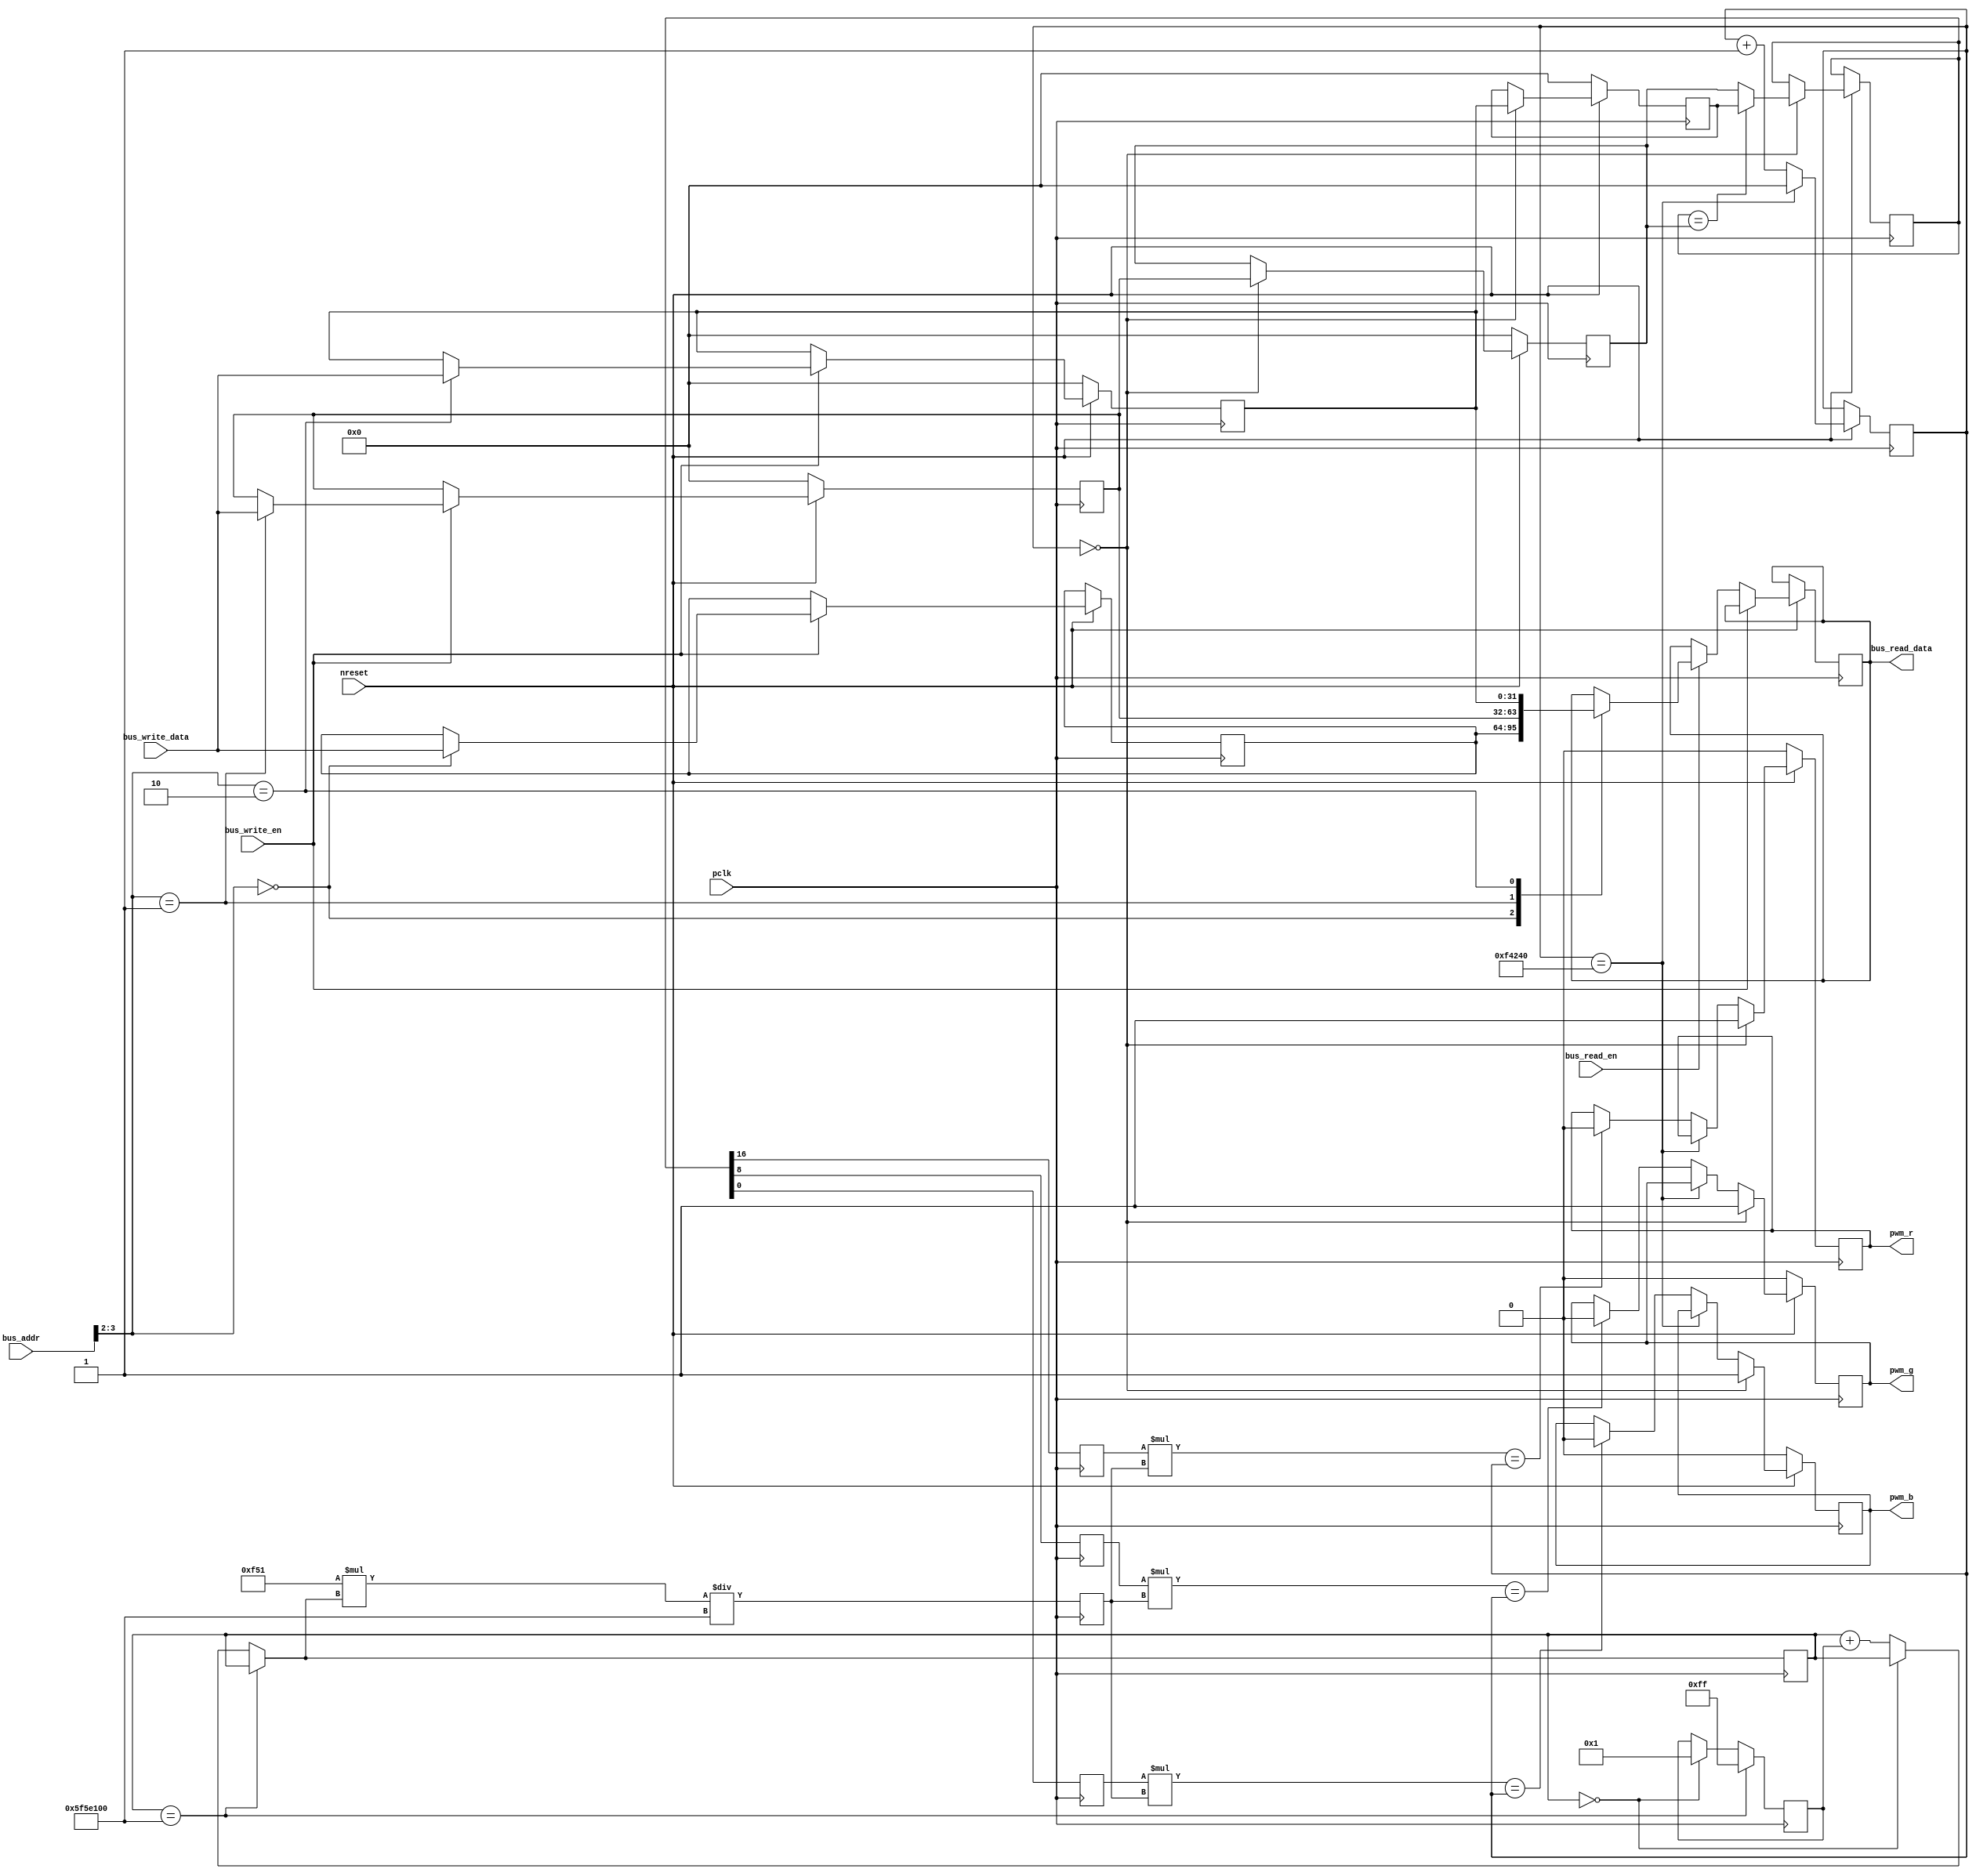
module rgb_led
(
	pclk,
	nreset,
	bus_write_en, 
	bus_read_en,
	bus_addr,
	bus_write_data,
	bus_read_data,
    pwm_r, pwm_g, pwm_b
);


`define HZ_PER_COLOR_DIVISION 16'd3921

// 100Hz pwm
`define PWM_PERIOD 32'd1000000

// bus lines	
input pclk, nreset, bus_write_en, bus_read_en;
input [7:0] bus_addr;
input [31:0] bus_write_data;
output reg [31:0] bus_read_data;
output reg pwm_r, pwm_g, pwm_b;

// counts to PWM_PERIOD
reg [31:0] duty_cycle_counter;

reg [31:0] brightness;
reg [31:0] brightness_factor;
reg [7:0]  delta_brightness;

// led state registers
// the led toggles between state 1 and state 2

reg [31:0] led_control;

// 0x En (Enabled bit) P (pulse_rate) RR GG BB
reg [31:0] pending_led_state_1;
reg [31:0] pending_led_state_2;

reg [31:0] led_state_1;
reg [31:0] led_state_2;

// which led state are we in?
reg [31:0] current_state;

reg enabled;
reg pulse;
reg red;
reg green;
reg blue;

always@(posedge pclk)
if(~nreset)
  begin
	pending_led_state_1 <= 32'h00000000;
    pending_led_state_2 <= 32'h00000000;
  end
else begin
	if(bus_write_en) begin : WRITE
		case(bus_addr[3:2])
			2'b00: // led_control
                begin 
				led_control <= bus_write_data;
                end
            2'b01: // pending_led_state_1
                begin
                pending_led_state_1 <= bus_write_data;
                end
            2'b10: // pending_led_state_2
                begin 
                pending_led_state_2 <= bus_write_data;
                end
        endcase
    end
	else if(bus_read_en) begin : READ
        case(bus_addr[3:2])
	        2'b00: // led_control
                begin 
		        bus_read_data <= led_control;
				end
            2'b01: // pending_led_state_1
                begin 
                bus_read_data <= pending_led_state_1;
				end
            2'b10: // pending_led_state_2
                begin 
                bus_read_data <= pending_led_state_2;
			    end
        endcase
     end
end

always@(posedge pclk) begin
    enabled <= current_state[31];
    pulse   <= current_state[30:24];
    red 	<= current_state[23:16];
    green 	<= current_state[15:8];
    blue	<= current_state[7:0];
end

// changing global brightness
always@(posedge pclk) begin
	if(brightness == 32'd100000000) begin
    	delta_brightness = -1;
    end
    else begin
		if(brightness == 32'd0) begin
			delta_brightness = 1;
		end
		else begin
			brightness = brightness + delta_brightness;
		end
    end
	brightness_factor <= ((`HZ_PER_COLOR_DIVISION * brightness) / 32'd100000000);
end

// pulsing colors based on global brightness
always@(posedge pclk) begin
if(~nreset)begin
    led_state_1 <= 32'h00000000;
    led_state_2 <= 32'h00000000;
	pwm_r <= 0;
    pwm_g <= 0;
    pwm_b <= 0;
end
else begin
	duty_cycle_counter <= duty_cycle_counter + 1;
	if(duty_cycle_counter == `PWM_PERIOD) begin
    	duty_cycle_counter <= 0;
    end
    else begin
       //turn off signals that have reached their duty cycle
		if(red * brightness_factor == duty_cycle_counter) begin
			pwm_r <= 0;
		end
		if(blue * brightness_factor == duty_cycle_counter) begin
			pwm_b <= 0;
		end
		if(green * brightness_factor == duty_cycle_counter) begin
			pwm_g <= 0;
		end
    end

	// "overflow" of the pwm counter, so start a new duty cycle
    if(duty_cycle_counter == 0)begin
		// toggle state
		if(current_state == led_state_1)begin
			current_state <= led_state_2;
		end
		else begin
			current_state <= led_state_1;
		end

		led_state_1 <= pending_led_state_1;
		led_state_2 <= pending_led_state_2;

    	//turn on all pwm signals
		//TODO only if they are non-zero values
		pwm_r <= 1;
        pwm_g <= 1;
        pwm_b <= 1;
    end
end
end

endmodule